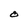
Character: O